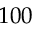
1 0 0